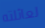
لعائلته